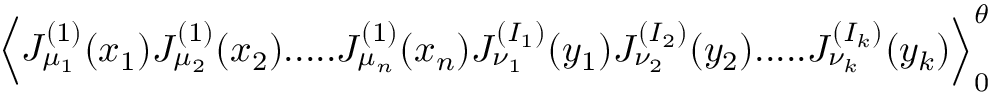
\Big \langle J _ { \mu _ { 1 } } ^ { ( 1 ) } ( x _ { 1 } ) J _ { \mu _ { 2 } } ^ { ( 1 ) } ( x _ { 2 } ) . . . . . J _ { \mu _ { n } } ^ { ( 1 ) } ( x _ { n } ) J _ { \nu _ { 1 } } ^ { ( I _ { 1 } ) } ( y _ { 1 } ) J _ { \nu _ { 2 } } ^ { ( I _ { 2 } ) } ( y _ { 2 } ) . . . . . J _ { \nu _ { k } } ^ { ( I _ { k } ) } ( y _ { k } ) \Big \rangle _ { 0 } ^ { \theta }